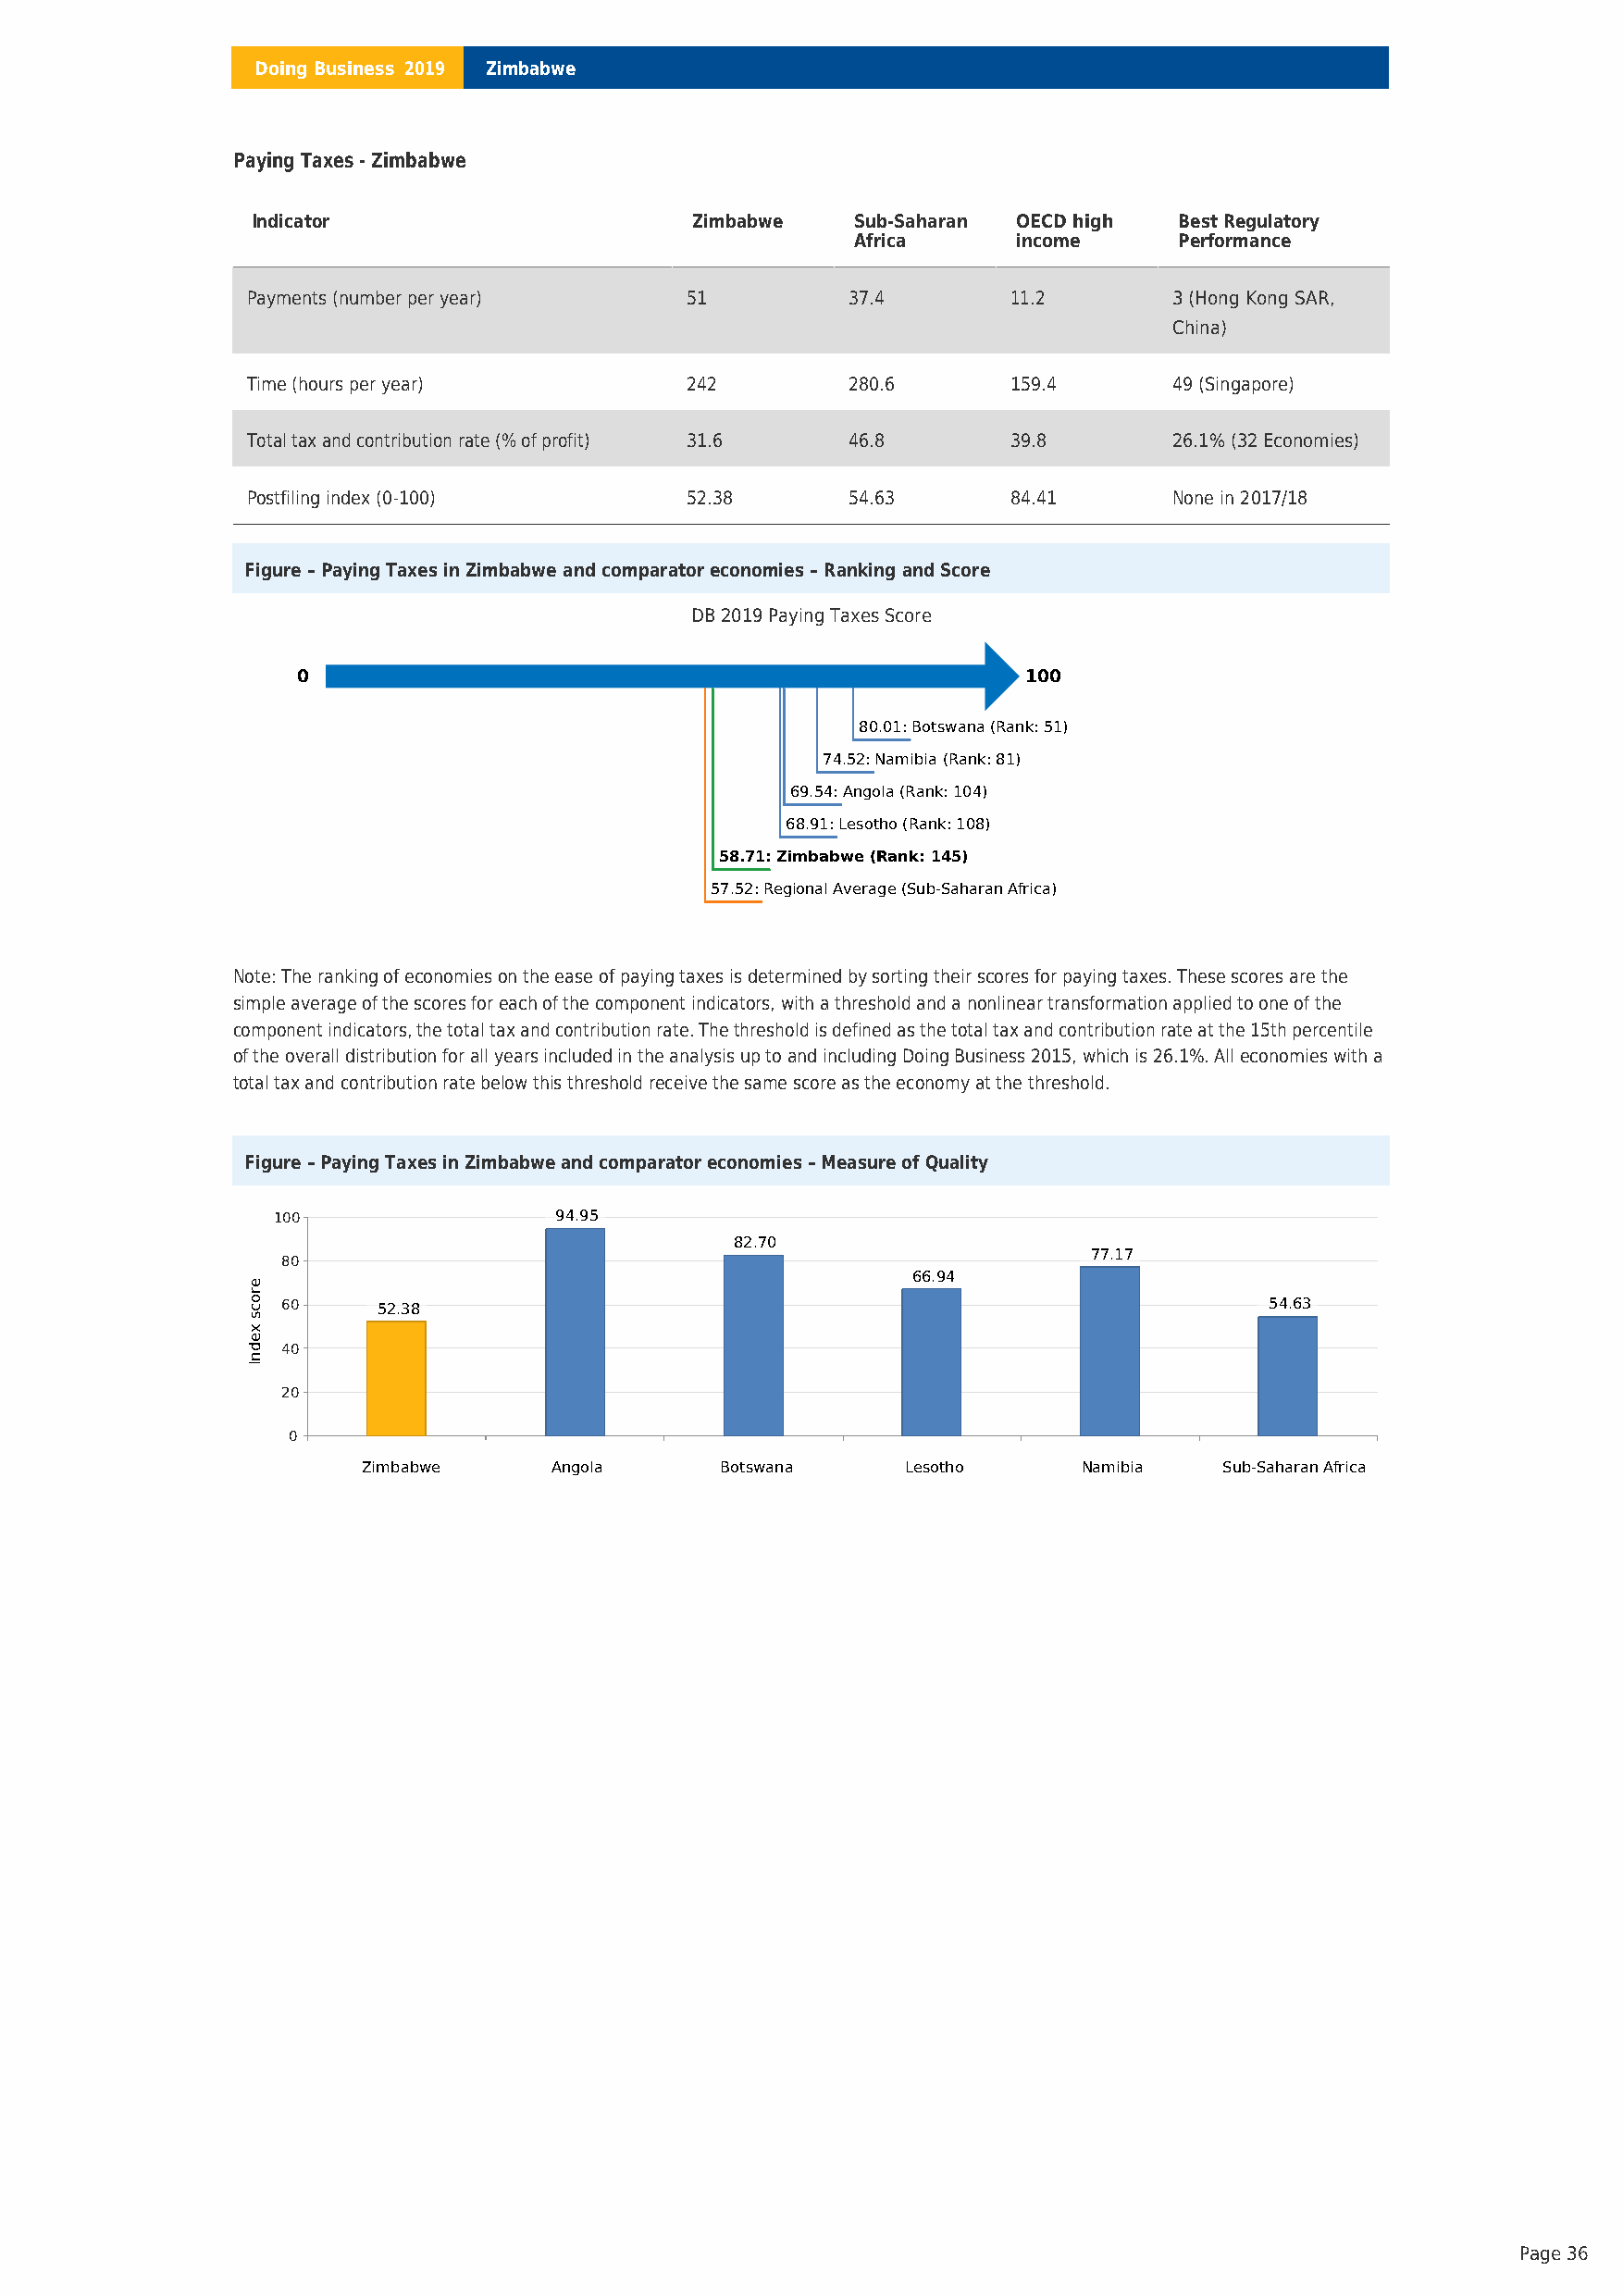
Doing Business 2019 Zimbabwe
 Paying Taxes - Zimbabwe
 Indicator                       Zimbabwe   Sub-Saharan OECD high  Best Regulatory
 Africa      income     Performance
 Payments (number per year)     51          37.4       11.2        3 (Hong Kong SAR,
 China)
 Time (hours per year)          242         280.6      159.4       49 (Singapore)
 Total tax and contribution rate (% of profit) 31.6 46.8 39.8      26.1% (32 Economies)
 Postfiling index (0-100)       52.38       54.63      84.41       None in 2017/18
 Figure – Paying Taxes in Zimbabwe and comparator economies – Ranking and Score
 DB 2019 Paying Taxes Score
 0                                                   100
 80.01: Botswana (Rank: 51)
 74.52: Namibia (Rank: 81)
 69.54: Angola (Rank: 104)
 68.91: Lesotho (Rank: 108)
 58.71: Zimbabwe (Rank: 145)
 57.52: Regional Average (Sub-Saharan Africa)
 Note: The ranking of economies on the ease of paying taxes is determined by sorting their scores for paying taxes. These scores are the
 simple average of the scores for each of the component indicators, with a threshold and a nonlinear transformation applied to one of the
 component indicators, the total tax and contribution rate. The threshold is defined as the total tax and contribution rate at the 15th percentile
 of the overall distribution for all years included in the analysis up to and including Doing Business 2015, which is 26.1%. All economies with a
 total tax and contribution rate below this threshold receive the same score as the economy at the threshold.
 Figure – Paying Taxes in Zimbabwe and comparator economies – Measure of Quality
 100                 94.95
 82.70
 77.17
 80
 66.94
 60     52.38                                                           54.63
 40
 20
 0
 Zimbabwe     Angola       Botswana     Lesotho     Namibia   Sub-Saharan Africa
 Page 36
 erocs
 xednI